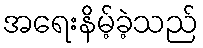
အရေးနိမ့်ခဲ့သည်